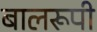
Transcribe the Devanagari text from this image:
बालरूपी